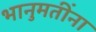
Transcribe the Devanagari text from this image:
भानुमतींना